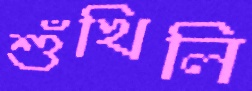
শুঁখিলি